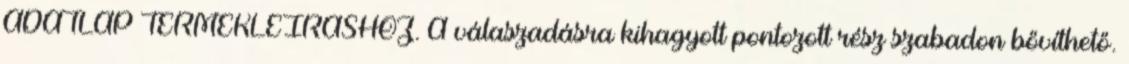
ADATLAP TERMÉKLEÍRÁSHOZ. A válaszadásra kihagyott pontozott rész szabadon bővíthető.